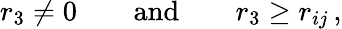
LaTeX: r_{3}\not=0\qquad\mathrm{and}\qquad r_{3}\geq r_{ij}\, ,